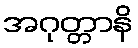
အဂုတ္တာနိ